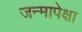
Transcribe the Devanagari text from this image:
जन्मापेक्षा